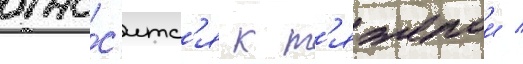
отно́с'итс'я к т'яжелои /